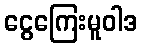
ငွေကြေးမူဝါဒ